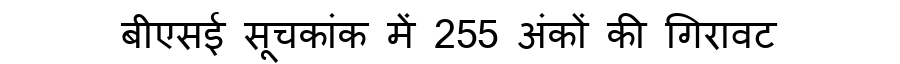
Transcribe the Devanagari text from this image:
बीएसई सूचकांक में 255 अंकों की गिरावट